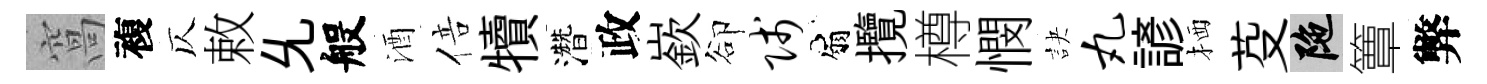
窩複仄敕𠃔般酒倍犢濳政嶔卻贱扇攬樽憫訣丸諺栖芟陀簟弊